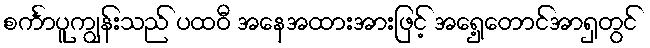
စင်္ကာပူကျွန်းသည် ပထဝီ အနေအထားအားဖြင့် အရှေ့တောင်အာရှတွင်